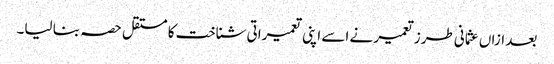
بعد ازاں عثمانی طرز تعمیر نے اسے اپنی تعمیراتی شناخت کا مستقل حصہ بنا لیا۔